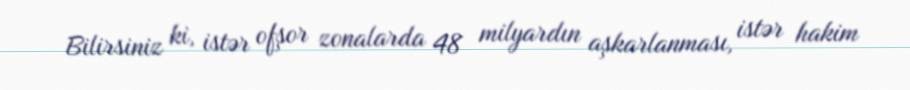
Bilirsiniz ki, istər ofşor zonalarda 48 milyardın aşkarlanması, istər hakim